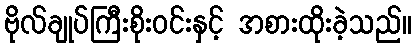
ဗိုလ်ချုပ်ကြီးစိုးဝင်းနှင့် အစားထိုးခဲ့သည်။